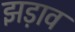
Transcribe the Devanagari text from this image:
झड़ाव